Vital statistics of India. Vol. IV, Annual returns from 1871 to 1876. British Army of India, Native Army and jails of Bengal
Year: 1871
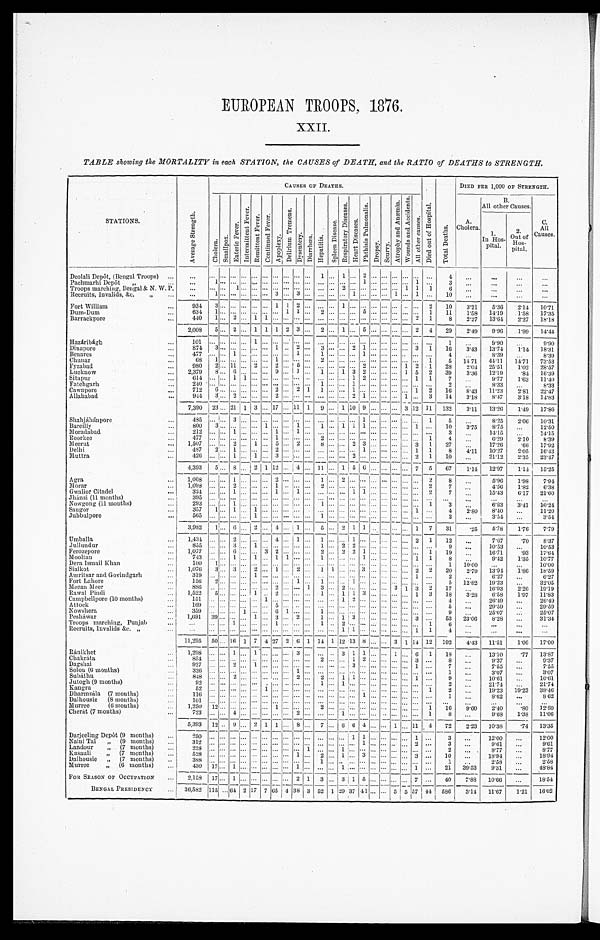
EUROPEAN TROOPS, 1876.
XXII.
TABLE showing the MORTALITY in each STATION, the CAUSES of DEATH, and the RATIO of DEATHS to STRENGTH.
STAT1ONS.
A v e r a g e S t r e n g t h .
CAUSES OF DEATHS.
D i e d o u t o f H o s p i t a l .
T o t a l D e a t h s .
DIED PER 1,000 OF STRENGTH.
C h o l e r a .
S m a l l p o x .
E n t e r i c F e v e r .
I n t e r m i t t e n t F e v e r .
R e m i t t e n t F e v e r .
C o n t i n u e d F e v e r .
A p o p l e x y .
D e l i r i u m T r e m e n s .
D y s e n t e r y .
D i a r r h œ a .
H e p a t i t i s .
S p l e e n D i s e a s e s .
R e s p i r a t o r y D i s e a s e s .
H e a r t D i s e a s e s .
P h t h i s i s p u l m o n a l i s .
D r o p s y .
S c u r v y .
A t r o p h y a n d A n æ m i a . W o u n d s a n d A c c i d e n t s .
A l l o t h e r c a u s e s .
A.
Cholera.
B.
A11 other Causes.
C.
All
Causes
1.
In Hos
pital.
2.
Out of
H o s p i t a l .
Deolali Depôt, (Bengal Troops) ...
...
. . .
. . .
. . . . . . . . . . . . . . . . . . . . . . . . 1 . . . 1 . . . 2 . . . . . . . . . . . . . . . . . .
4 ...
...
. . . ...
Paehmarhi Depôt „
. . .
. . . 1 . . . . . . . . . . . . . . . . . . . . . . . . . . . . . . . . . . . . . . . 1 . . . . . . . . . . . . 1 . . .
3 ...
. . .
. . .
. . .
Troops marching, Bengal & N. W.P.
. . . . . . . . . 1 . . . . . . . . . . . . . . . . . . . . . . . . . . . 2 . . . . . . . . . . . . . . . 1 1 1
6 ...
. . .
...
. . .
Recruits, Invalids, &c. ,,
. . .
...
1 . . . . . . . . . . . . . . . 3 . . . 3 . . . . . . . . . . . . 1 . . . . . . . . . 1 . . . 1 . . .
1 0 ...
. . .
. . .
. . .
Fort William
...
934 3 ... ... ... ... ... 1 1 2 ... ... ... 1 ... ... ... ... ... .. ... 2 10
3.21
5.36 2.14 10.71
Dum-Dum
...
634 1 ... ... ... ... ... ... 1 1 ... 2 ... ... ... 5 ... ... ... ... ... 1 11
1.58 14.19 l.58 17.35
Barrackpore
...
440 1 . . . 2 . . . 1 1 . . .
... . . . . . . . . . . . . . . . . . . . . . . . . . . . . . . . . . 2 1 8
2 . 2 7 13.64 2.27 18.18
2,008 5 ... 2 ... 1 1 1 2 3 ... 2 ... 1 ... 5 ... ... ... ... 2 4 29
2.49 9.96 1.99 14.44
Hazáribágh
. . .
101 . . . . . . . . . . . . 1 . . . . . .
... . . . . . . . . . . . . . . . . . . . . . . . . . . . . . . . . . . . . . . . 1 ...
9.90 ...
9.90 .
Dinapore
...
874 3 ... ... ... ... ... 1 ... 2 ... 3 ... ... 2 1 ... ... ... ... 3 1 16
3.43 13.74 1.14 18.31
Benares
. . .
477 . . . . . . 1 . . . . . . . . . . . .
... 1 . . . 1 . . . . . . . . . 1 . . . . . . . . . . . . . . . . . .
4
... 8.39 ...
8.39
Chunar
. . .
68 1 . . . . . . . . . . . . . . . 1 ... . . . . . . 2 . . . . . . . . . . . . . . . . . . . . . . . . . . . 1 5 14. 71 44.11 14.71 73.53
Fyzabad
...
980
2 ... 11 ... 2 ... 2 ... 5 ... ... ... ... ... 2 ... ... ... 1 2 1 28
2.04 25.51 1.02 28.57
Lucknow
...
2,379 8 ... 6 ... ... ... 9 ... 1 ... 1 ... 1 3 2 ... ... ... 1 5 2 39
3.36 12.19
. 8 416.39
Sitapur
...
614 . . . . . . 1 1 . . . . . . . . .
... . . . . . . . . . . . . . . . 1 2 . . . . . . . . . . . . 1 1
7
... 9.77
1.63 11.40
Fatchgarh
. . .
240 . . . . . . . . . . . . . . . . . . . . .
... . . . . . . 1 . . . . . . 1 . . . . . . . . . . . . . . . . . . . . .
2
... 8.33 ...
8.33
Cawnpore
...
712
6 ... ... ... ... ... 2 ... 2 1 1
..
.
... 1 ... . . . ... ... ... 1 2 16 8.43 11.23
2.81 22.47
Allahabad
. . .
944 3 ... 2 ... ... ... 2 ... ... ... ... ... ... 2 1 ... ... ... 1 ... 3 14
3.18 8.47 3.18 14.83
7,390 23 ... 21 1 3 ... 17 ... 11 1 9 ... 1 10 9 ... ... ... 3 12 11 132
3.11 13.26 1.49 17.86
Shahjánánpore
. . .
4 8 5
. . . . . . 3 . . . . . . . . . . . . .
... . . . . . . . . . . . . . . . . . . 1 . . . . . . . . . . . . . . . 1 5 ...
8.25 2.06 10.31
Bareilly
...
800 3 ... ... ... ... 1 ... ... 1 ... 1 ... 1 1 1 ... ... ... ... 1 ... 10
3.75 8.75 ...
12.50
Moradabad
...
212 . . . . . . 1 . . . . . . . . . 1 ... 1 . . . . . . . . . . . . . . . . . . . . . . . . . . . . . . . . . . . .
3
... 14.15 ...
14.15
Roorkee
. . .
477 . . . . . . . . . . . . . . . . . . 1 ... . . . . . . 2 . . . . . . . . . . . . . . . . . . . . . . . . . . . 1
4
... 6.29
2.10
8.39
Meerut
... 1,507 ... ... 2 ... 1 ... 5 ... 2 ... 8 ... ... 2 3 ... ... ... ... 3 1 27 ...
17.26
. 6 617.92
Delhi
...
487 2 . . . 1 . . . . . . . . . 2 ... . . . . . . . . . . . . . . . . . . 1 . . . . . . . . . . . . 1 1 8
4.11 10.27 2.05 16.43
Muttra
...
426 . . . . . . 1 . . . 1 . . . 3 ... . . . . . . . . . . . . . . . 2 . . . . . . . . . . . . . . . 2 1
1 0 ... 21.12
2.35 23.47
4,393 5 ... 8 ..
. 2 1 12 ...
__ 4 ... 11 . . . 1 5 6 ... . . . . . . ... 7 5 67
1.14 12.97 1.14 15.25 .
Agra
...
1,008 . . . . . . 1 . . . . . . . . . 2 ... . . . . . . 1 . . . 2 . . . . . . . . . . . . . . . . . . . . . 2 8 ...
5.96 1.98
7.94
Morar
. . .
1,098 . . . . . . 2 . . . . . . . . . 1 ... . . . . . . 2 . . . . . . . . . . . . . . . . . . . . . . . . . . . 2
7
... 4.56 1.82
6.38
Gwalior Citadel
...
324 . . . . . . 1 . . . . . . . . . 1 ... 1 . . . . . . . . . . . . 1 1 . . . . . . . . . . . . . . . 2
7
... 15.43 6.17 21.60
Jhansi (11 months)
...
395 . . . . . . . . . . . . . . . . . . . . .
... . . . . . . . . . . . . . . . . . . . . . . . . . . . . . . . . . . . . . . .
. . . ...
. . . ...
...
Nowgong (11 months)
. . .
293 . . . . . . 1 . . . . . . . . . . . .
... . . . 1 . . . . . . . . . . . . . . . . . . . . . . . . . . . . . . 1
3
. . . 6.83 3.41 10.24
Saugor
...
357 1 . . . 1 . . . 1 . . . . . .
... . . . . . . . . . . . . . . . . . . . . . . . . . . . . . . . 1 . . . 4
2.80 8.40 ...
11.20
Jubbulpore
...
565 . . . . . . . . . . . . 1 . . . . . .
... . . . . . . 1 . . . . . . . . . . . . . . . . . . . . . . . . . . . . . . 2
. . . 3.54 ...
3.54
3,982 1 ... 6 ... 2 ... 4 ... 1 ... 5 . . . 2 1 1 . . . ... . . . . . . 1 7 31
.25
5.78 1.76
7.79
Umballa
. . .
1,434 . . . . . . 2 . . . . . . . . . 4 ... 1 . . . 1 . . . . . . 1 . . . . . . . . . . . . . . . 2 1
1 2
...
7.67
. 7 0 8.37
Jullundur
. . .
855 . . . . . . 3 . . . 1 . . . . . .
... . . . . . . 1 . . . 2 2 . . . . . . . . . . . . . . . . . . . . . 9 ...
10.53 ...
10.53
Ferozepore
. . .
1,077 . . . . . . 6 . . . . . . 3 2 ... . . . . . . 2 . . . 2 2 1 . . . . . . . . . . . . . . . 1
1 9 ... 16.71
. 9 317.64
Mooltan
...
743 . . . . . . 1 . . . 1 . . . 1 1
. . . . . . 1 . . . . . . . . . 1 . . . . . . . . . . . . 1 1
8 ...
9.42 1.35 10.77
Dera Ismail Khan
. . .
100 1 . . . . . . . . . . . . . . . . . .
... . . . . . . . . . . . . . . . . . . . . . . . . . . . . . . . . . . . . . . . 1 10.00 ...
...
10.00
Sialkot
...
1,076 3 ... 3 ... 2 ... 1 ... 2 . . .
1 1 ... ... 3 ... ... ... ... 2 2 20
2.79 13.94 1.86 18.59
Amritsar and Govindgarh
...
319 . . . . . . . . . . . . 1 . . . . . .
... . . . . . .
. . . . . . . . . . . . . . . . . . . . . . . . . . . 1 . . . 2 ...
6.27 ...
6.27
Fort Lahore
...
156 2 . . . . . . . . . . . . . . . . . .
... 1 . . .
1 . . . . . . 1 . . . . . . . . . . . ... ... ...
5 12.82 19.23 ...
32.05
Meean Meer
...
886 . . . . . . . . . . . . . . . . . . 2 ... . . . 1
3 . . . 2 . . . . . . . . . . . . 3 1 3 2
1 7 ... 16.93 2.26 19.19
Rawal Pindi
...
1,522 5 ... ... ... 1 .. 2 ... ... ... 1 ... 1 1 3 ... ... ... . . . 1 3 18 3.28
6 . 5 8 1.97 11.83
Campbellpore (10 mouths)
...
151 . . . . . . . . . . . . . . . 1 . . .
... . . . . . . . . . . . . 1 2 . . . . . . . . . . . . . . . . . . . . .
4
... 26.49
. . . 26.49
Attock
...
169 . . . . . . . . . . . . . . . . . . 5 ... . . . . . . . . . . . . . . . . . . . . . . . . . . . . . . . . . . . . . . . 5 ...
29.59 ...
29.59
Nowshera
...
359 . . . . . . . . . 1 . . . . . . 6 1
. . . . . . 1 . . . . . . . . . . . . . . . . . . . . . . . . . . . . . . 9 ...
25.07 ...
25.07
Pesháwar
... 1,691 39 ... ... ... 1 ... 3 ... 2 ...
1 . . . 1 3 ... ... ... ... ... 3 ... 53 23.06 8.28 ...
31.34
Troops marching, Punjab
...
...
. . . . . . 1 . . . . . . . . . 1 ... . . . . . . 1 . . 2 . . . . . . . . . . . . . . . . . . . . . 1
6 ...
...
. . .
...
Recruits, Invalids &c. ,,
. . .
...
. . . . . . . . . . . . . . . . . . . . .
... . . . . . . . . . . . . 1 1 . . . . . . . . . . . . . . . 1 1
4 ...
. . .
...
...
11,295
5 0 . . . 16 1 7 4 27 2 6 1 14 1 12 13 8 ... ... 3 1 14 12 192
4.43 11.51 1.06 17.00
Ránikhet
. . .
1,298 . . . . . . 1 . . . 1 . . .
. . . . . . 3 . . . . . . . . 3 1 1 . . . . . . 1 . . . 6 1
1 8 ... 13.10
. 7 713.87
Chakráta
...
854 . . . . . . . . . . . . . . . . . . . . . . . . . . . . . . 2 . . . . . . 1 2 . . . . . . . . . . . . 3 . . . 8 ...
9.37 ...
9.37
Dagshai
...
927 . . . . . . 2 . . . 1 . . . . . . . . . . . . . . . . . . . . . . . . 3 . . . . . . . . . . . . . . . 1 . . .
7
... 7.55 ...
7.55
Solon (6 months)
...
326 . . . . . . . . . . . . . . . . . . . . . . . . 1 . . . . . . . . . . . . . . . . . . . . . . . . . . . . . . . . . . . .
1
. . . 3.07 ...
3.07
Subâthu
...
848 . . . . . . 2 . . . . . . . . . . . . . . . 2 . . . 2 . . . 1 1 . . . . . . . . . . . . . . . 1 . . .
9
... 10.61 ...
10.61
Jutogh (9 months)
...
92 . . . . . . . . . . . . . . . . . . . . . . . . . . . . . . 1 . . . 1 . . . . . . . . . . . . . . . . . . . . . . . .
2 ...
21.74 ...
21.74
Kaugra
. . .
52 . . . . . . . . . . . . . . . 1 . . . . . . . . . . . . . . . . . . . . . . . . . . . . . . . . . . . . . . . . . . 1
2
... 19.23 19.23 38.46
Dharmsála (7 months)
... 116
. . . . . . . . . . . . . . . . . . . . . . . . . . . . . . . . . . . . . . . . . . 1 . . . . . . . . . . . . . . . . . .
1 ...
8.62 ...
8 62
Dalhousie (8 months)
. . .
101
. . . . . . . . . . . . . . . . . . . . . . . . . . . . . . . . . . . . . . . . . . . . . . . . . . . . . . . . . . . . . . .
. . .
. . .
. . . ...
...
Murree
(6 months)
. . .
1,250
1 2 . . . . . . . . . . . . . . . 1 . . . . . . . . . 2 . . . . . . . . . . . . . . . . . . . . . . . . . . . 1
1 6 9.60
2 . 4 0
. 8 012.80
Cherát (7 months)
. . .
723
. . . . . . 4 . . . . . . . . . . . . . . . 2 . . . . . . . . . 1 . . . . . . . . . . . . . . . . . . . . . 1
8
... 9.68 1.38 11.06
5,393 12 .. 9 ... 2 1 1 ... 8 ... 7 ...
_
6 6 4 ...
--
... 1 . . . 1 1 4
7 2 2.23
_ 10.38
. 7 413.35
Darjeeling Depôt (9 months)
... 250
. . . . . . . . . . . . . . . . . . . . .
... . . . . . . . . . . . . . . . 1 1 . . . . . . . . . . . . 1 . . .
3 ...
12.00 ...
12.00
Naini Tal „ (9 months)
...312
. . . . . . . . . . . . . . . . . . . . .
... . . . . . . . . . . . . . . . . . . 1 . . . . . . . . . . . . 2 . . .
3
... 9.61 ...
9.61
Landour „ (7 months)
...228
. . . . . . . . . . . . . . . . . . . . .
... . . . 1 . . . . . . 1 . . . . . . . . . . . . . . . . . . . . . . . .
2
... 8.77 ...
8.77
Kasauli
„ (7 months)
. . .
528
. . . . . . . . . . . . . . . . . . . . .
... 1 . . . 2 . . . 1 . . . 3 . . . . . . . . . . . . 3 . . .
1 0
. . . 18.94 ...
18.94
Dalhousie ,,(7 months)
. . .
388
. . . . . . . . . . . . . . . . . . . . .
... . . . . . . 1 . . . . . . . . . . . . . . . . . . . . . . . . . . . . .
1
. . . 2.58 ...
2.58
Murree
,,(6 months)
...430
1 7 . . . 1 . . . . . . . . . . . .
... 1 . . . . . . . . . 1 . . . . . . . . . . . . . . . . . . 1 . . .
2 1 39.53
9 . 3 1
. . . 48.84
FOR SEASON OF OCCUPATION ... 2,158
_
17 ... 1 ... ... ... ... ... 2 1 3 ... 3 1 5 ... ... ... ... 7 ... 40 7.88 10.66 ...
18.54
BENGAL PRESIDENCY
... 36,582
1 1 5 . . . 6 4 2 1 7 7 65 4 38 3 52 1 29 37 4 1 ... ... 5 5 57 44 586
3.14 11.67 1.21 16.02